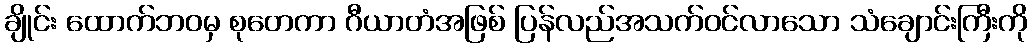
ချိုင်း ထောက်ဘဝမှ စုတေကာ ဂီယာတံအဖြစ် ပြန်လည်အသက်ဝင်လာသော သံချောင်းကြီးကို